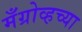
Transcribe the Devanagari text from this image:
मँग्रोव्हच्या